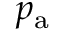
p _ { \mathrm { a } }